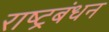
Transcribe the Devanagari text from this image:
राष्ट्रबंधन